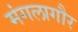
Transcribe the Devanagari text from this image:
मंगलागौर